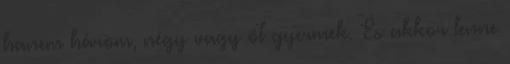
hanem három, négy vagy öt gyermek. És akkor lenne